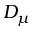
D _ { \mu }